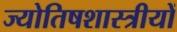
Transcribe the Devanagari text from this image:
ज्योतिषशास्त्रीयों